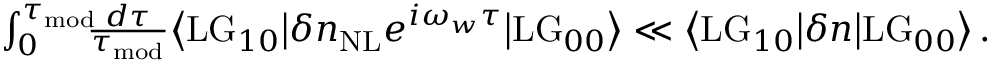
\begin{array} { r } { \int _ { 0 } ^ { \tau _ { \mathrm { m o d } } } \! \! \! \frac { d \tau } { \tau _ { \mathrm { m o d } } } \big \langle \mathrm { L G } _ { 1 0 } \big | \delta n _ { \mathrm { N L } } e ^ { i \omega _ { w } \tau } \big | \mathrm { L G } _ { 0 0 } \big \rangle \ll \big \langle \mathrm { L G } _ { 1 0 } \big | \delta n \big | \mathrm { L G } _ { 0 0 } \big \rangle \, . } \end{array}